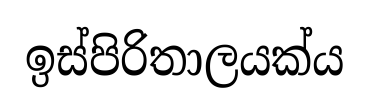
ඉස්පිරිතාලයක්ය